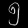
Digit: ၅